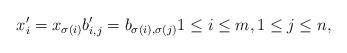
LaTeX: \begin{align*}x_i' = x_{\sigma(i)} b_{i,j}' = b_{\sigma(i),\sigma(j)} 1\le i\le m, 1\le j\le n,\end{align*}